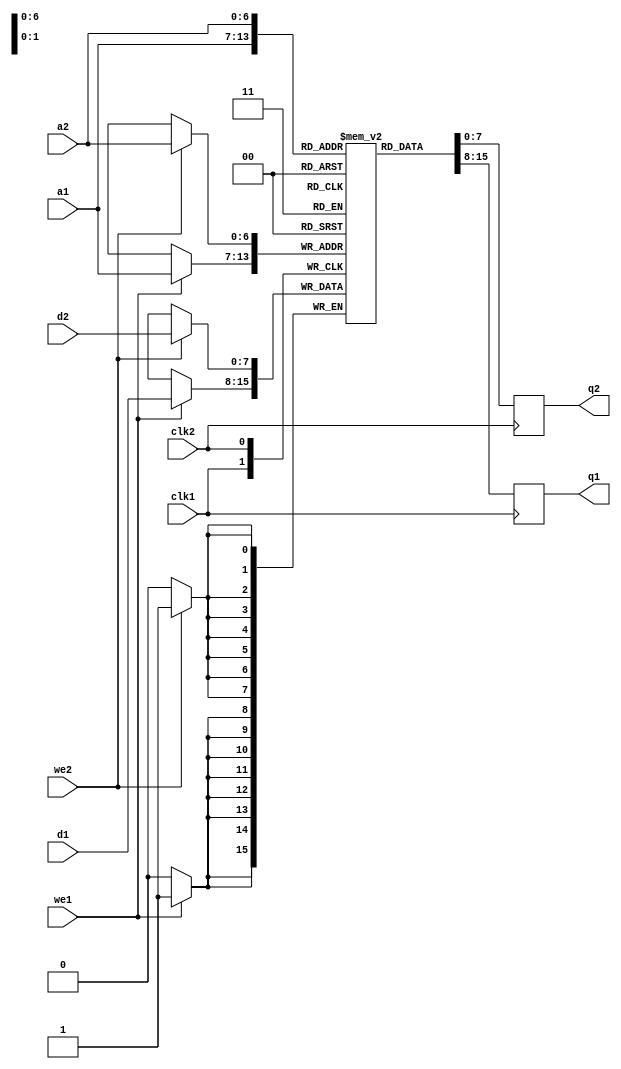
module ram_dual(
  output reg [7:0] q1,
  output reg [7:0] q2,
  input [7:0] d1,
  input [7:0] d2,
  input [6:0] a1,
  input [6:0] a2,
  input we1,
  input we2,
  input clk1,
  input clk2
);
  reg [7:0] mem [127:0];

  always @(posedge clk1) begin
    q1 <= mem[a1];
  end


  always @(posedge clk1) begin
    if (we1)
      mem[a1] <= d1;
  end

  always @(posedge clk2) begin
    q2 <= mem[a2];
  end

  always @(posedge clk2) begin
    if (we2)
      mem[a2] <= d2;
  end
endmodule